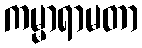
ကမ္မာရာမတာ